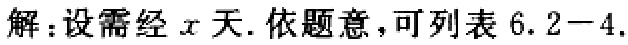
解：设需经\(x\)天. 依题意，可列表\(6.2 - 4.\)